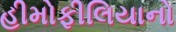
હીમોફીલિયાનો